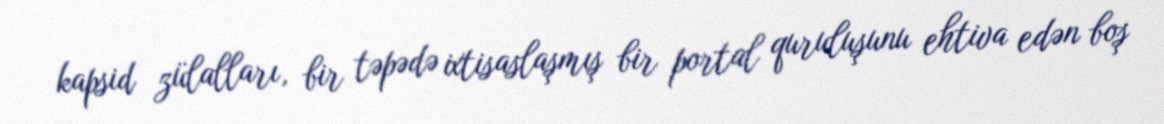
kapsid zülalları, bir təpədə ixtisaslaşmış bir portal quruluşunu ehtiva edən boş